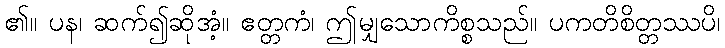
၏။ ပန၊ ဆက်၍ဆိုအံ့။ ဧတ္တကံ၊ ဤမျှသောကိစ္စသည်။ ပကတိစိတ္တဿပိ၊